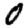
Digit: 0